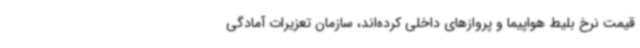
قیمت نرخ بلیط هواپیما و پروازهای داخلی کرده‌اند، سازمان تعزیرات آمادگی